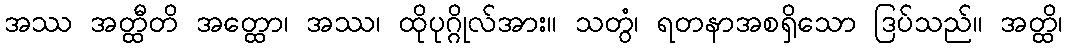
အဿ အတ္ထီတိ အတ္ထော၊ အဿ၊ ထိုပုဂ္ဂိုလ်အား။ သတွံ၊ ရတနာအစရှိသော ဒြပ်သည်။ အတ္ထိ၊